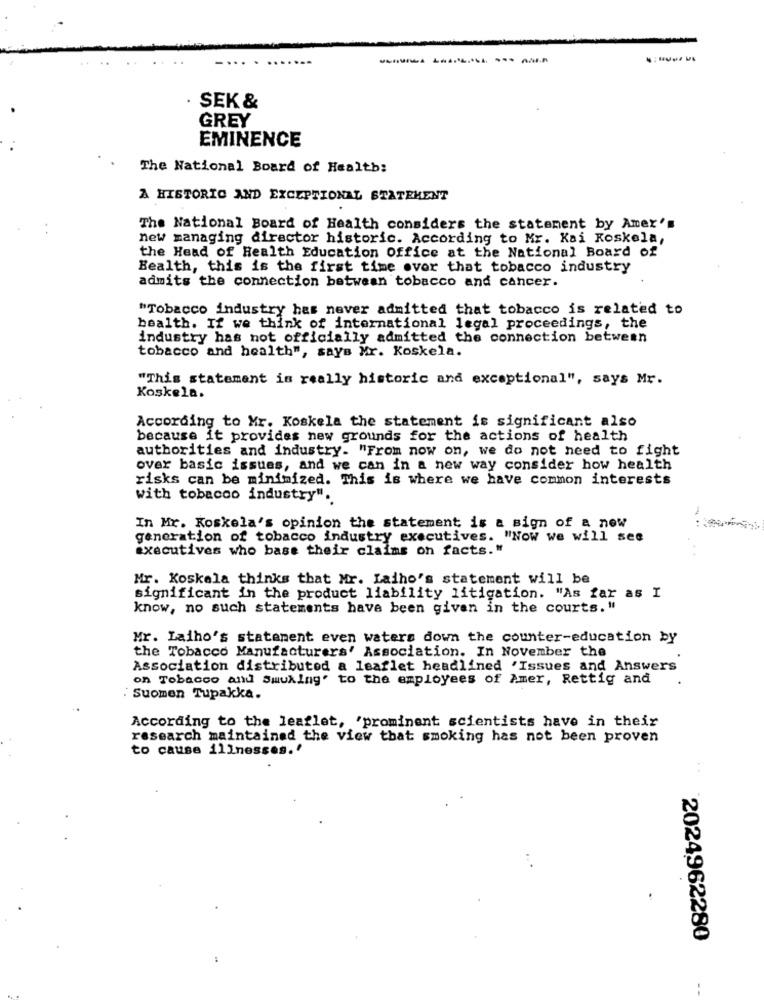
SEK &
GREY
EMINENCE
The National Board of Health:
A HISTORIC AND EXCEPTIONAL STATEMENT
The National Board of Health considers the statement by Amer's
new managing director historic. According to Mr. Kai Koskela,
the Head of Health Education Office at the National Board of
Health, this is the first time ovor that tobacco industry
admits the connection between tobacco and cancer.
"Tobacco industry has never admitted that tobacco is related to
health. If we think of international legal proceedings, the
industry has not officially admitted the connection between
tobacco and health", says Mr. Koskela.
"This statement is really historic and exceptional", says Mr.
Koskela.
According to Mr. Koskela the statement is significant also
because it provides new grounds for the actions of health
authorities and industry. "From now on, we do not need to fight
over basic issues, and we can in a new way consider how health
risks can be minimized. This is where we have common interests
with tobacco industry".
In Mr. Koskela's opinion the statement is a sign of a new
generation of tobacco industry executives. "Now we will see
executives who base their claims on facts."
Mr. Koskela thinks that Mr. Laiho's statement will be
significant in the product liability litigation. "As far as I
know, no such statements have been given in the courts. "
Mr. Laiho's statement even waters down the counter-education by
the Tobacco Manufacturers' Association. In November the
Association distributed a leaflet headlined 'Issues and Answers
on Tobacco and Smoking' to the employees of Amer, Rettig and
. Suomen Tupakka.
According to the leaflet, 'prominent scientists have in their
research maintained the view that smoking has not been proven
to cause illnesses.'
2024962280